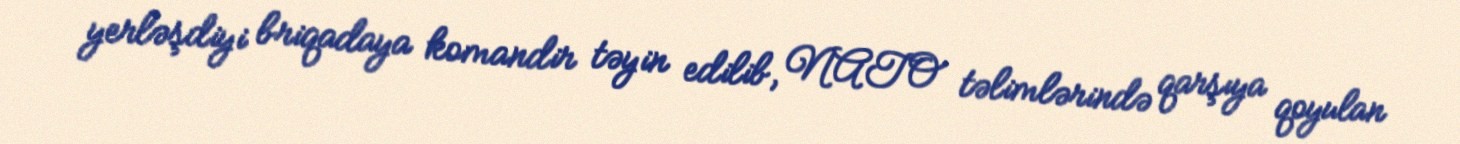
yerləşdiyi briqadaya komandir təyin edilib, NATO təlimlərində qarşıya qoyulan